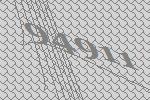
94911